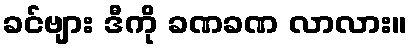
ခင်ဗျား ဒီကို ခဏခဏ လာလား။